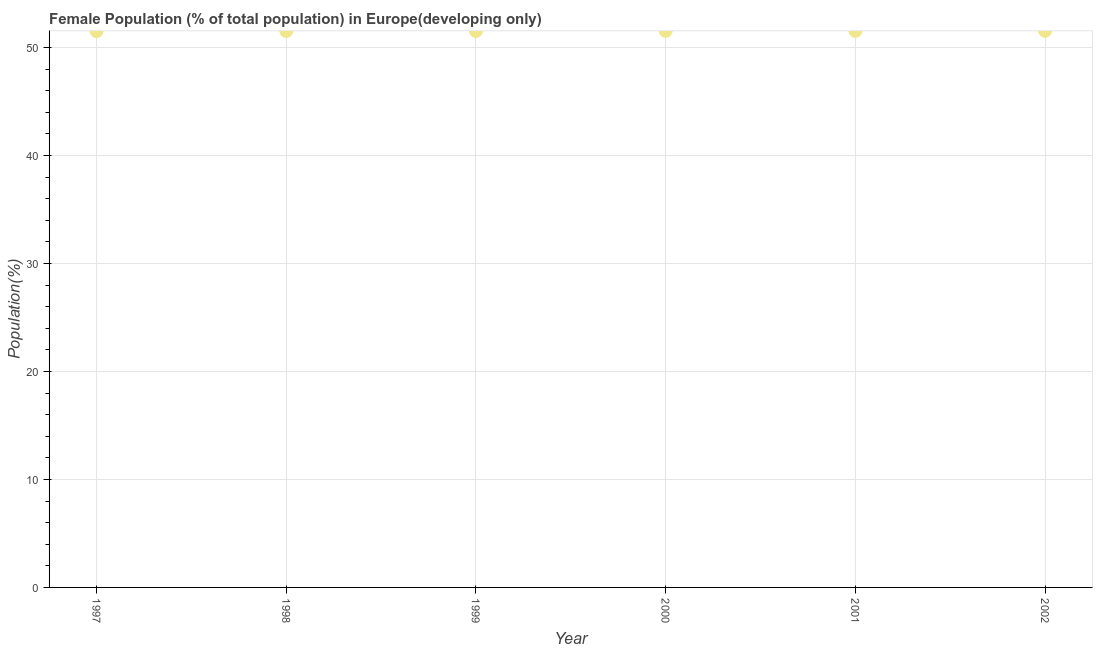
| Year | Female |
 | --- | --- |
 | 1997 | 51.5 |
 | 1998 | 51.5 |
 | 1999 | 51.5 |
 | 2000 | 51.5 |
 | 2001 | 51.6 |
 | 2002 | 51.6 |